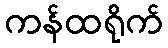
ကန်ထရိုက်